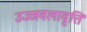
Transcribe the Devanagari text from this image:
उज्जवलावृत्ति